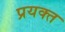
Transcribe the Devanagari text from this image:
प्रयक्त